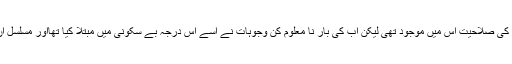
ویسے تو ہر صورتِ حال کا خندہ پیشانی سے سامنا کرنے کی صلاحیت اس میں موجود تھی لیکن اب کی بار نا معلوم کن وجوہات نے اسے اس درجہ بے سکونی میں مبتلا کیا تھااور مسلسل ان کہے کرب و اذیت میں روزوشب گزارنے پر مجبور تھا۔